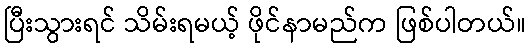
ပြီးသွားရင် သိမ်းရမယ့် ဖိုင်နာမည်က ဖြစ်ပါတယ်။